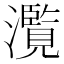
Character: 𤂺